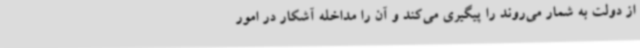
از دولت به شمار می‌روند را پیگیری می‌کند و آن را مداخله آشکار در امور